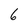
Character: 6